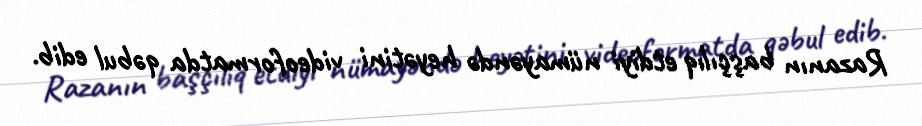
Razanın başçılıq etdiyi nümayəndə heyətini videoformatda qəbul edib.